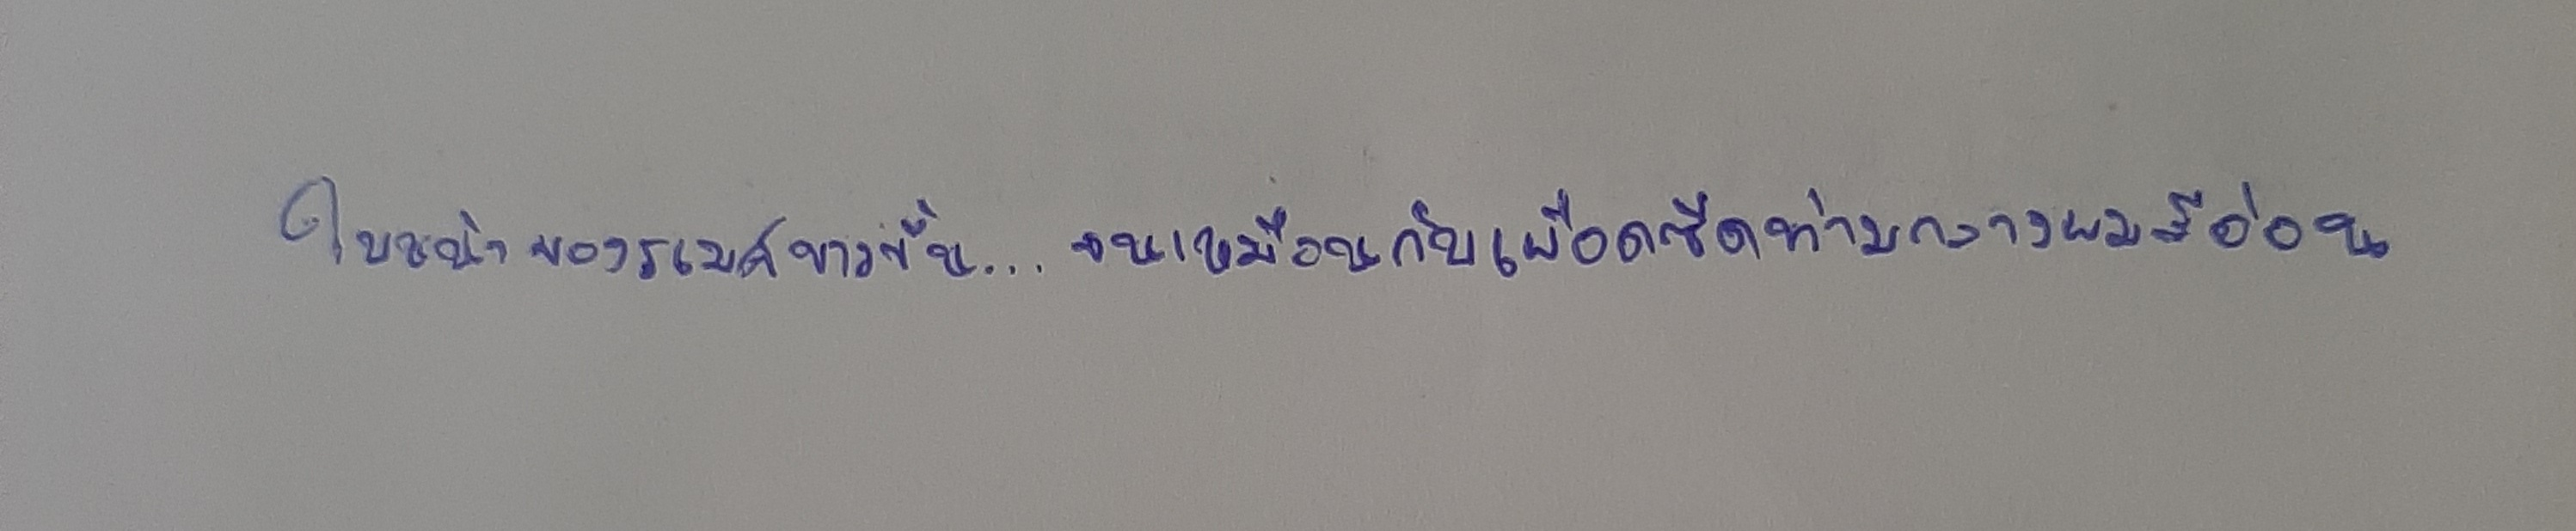
ใบหน้าของรเมศขาวขึ้น...จนเหมือนกับเผือดซีดท่ามกลางผมสีอ่อน